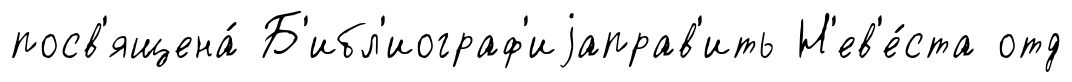
посв'ящена́ Б'ибл'иограф'иjаправ'ить Н'ев'е́ста отд